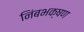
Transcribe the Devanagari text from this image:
निंबभक्षण